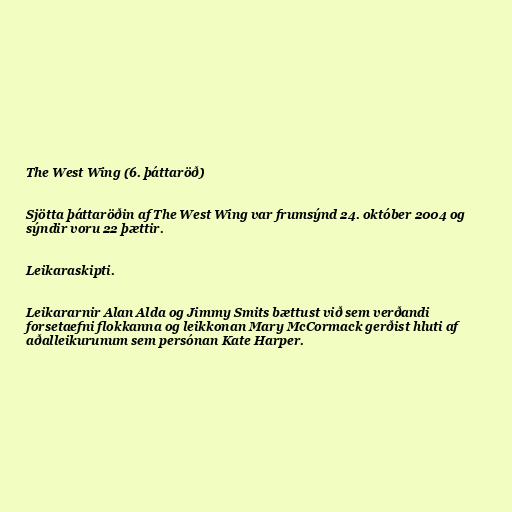
The West Wing (6. þáttaröð)

Sjötta þáttaröðin af The West Wing var frumsýnd 24. október 2004 og
sýndir voru 22 þættir.

Leikaraskipti.

Leikararnir Alan Alda og Jimmy Smits bættust við sem verðandi
forsetaefni flokkanna og leikkonan Mary McCormack gerðist hluti af
aðalleikurunum sem persónan Kate Harper.